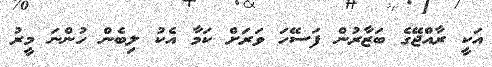
އަކީ ރާއްޖޭގެ ބަޒާރުން ފަސޭހަ ވަރަށް ކަމާ އެކު ލިބެން ހުންނަ މީރު